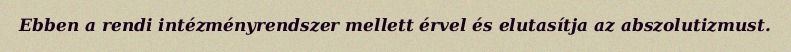
Ebben a rendi intézményrendszer mellett érvel és elutasítja az abszolutizmust.